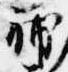
補